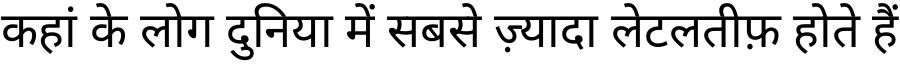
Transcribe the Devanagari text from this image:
कहां के लोग दुनिया में सबसे ज़्यादा लेटलतीफ़ होते हैं